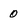
Character: 0